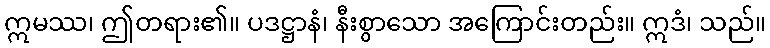
ဣမဿ၊ ဤတရား၏။ ပဒဋ္ဌာနံ၊ နီးစွာသော အကြောင်းတည်း။ ဣဒံ၊ သည်။